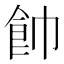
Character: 𩚍